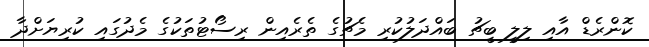
ކޮންރެޑް އާއި ލިލީ ބީޗު ބައްދަލުކުރި މެޗުގެ ތެރެއިން ރިސޯޓުތަކުގެ މެދުގައި ކުރިޔަށްދާ